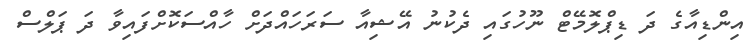
އިންޑިއާގެ ދަ ޑިޕްލޮމޭޓް ނޫހުގައި ދެކުނު އޭޝިއާ ސަރަހައްދަށް ހާއްސަކޮށްފައިވާ ދަ ޕަލްސް